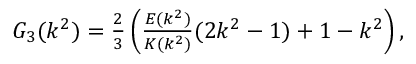
\begin{array} { r } { G _ { 3 } ( k ^ { 2 } ) = \frac { 2 } { 3 } \left( \frac { E ( k ^ { 2 } ) } { K ( k ^ { 2 } ) } ( 2 k ^ { 2 } - 1 ) + 1 - k ^ { 2 } \right) , } \end{array}